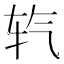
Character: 𮷘